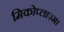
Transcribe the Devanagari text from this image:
मिकोप्लाज़्मा